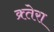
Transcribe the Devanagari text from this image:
क्र्तेरा